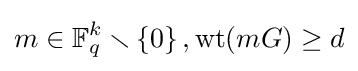
m\in \mathbb {F} _{q}^{k}\smallsetminus \left\{0\right\},\operatorname {wt} (mG)\geq d